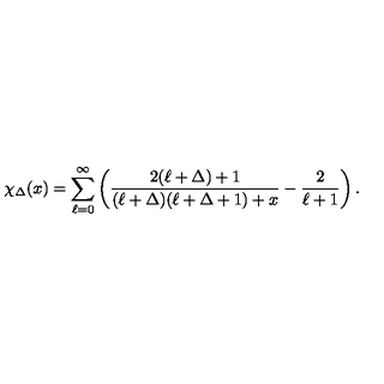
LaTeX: \chi _ { \Delta } ( x ) = \sum _ { \ell = 0 } ^ { \infty } \left( \frac { 2 ( \ell + \Delta ) + 1 } { ( \ell + \Delta ) ( \ell + \Delta + 1 ) + x } - \frac { 2 } { \ell + 1 } \right) .